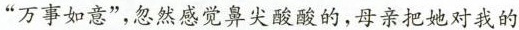
“万事如意”，忽然感觉鼻尖酸酸的，母亲把她对我的